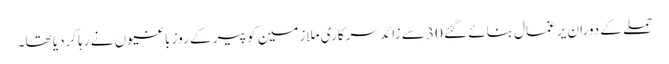
حملے کے دوران یرغمال بنائے گئے 30 سے زائد سرکاری ملازمین کو پیر کے روز باغیوں نے رہا کردیا تھا۔